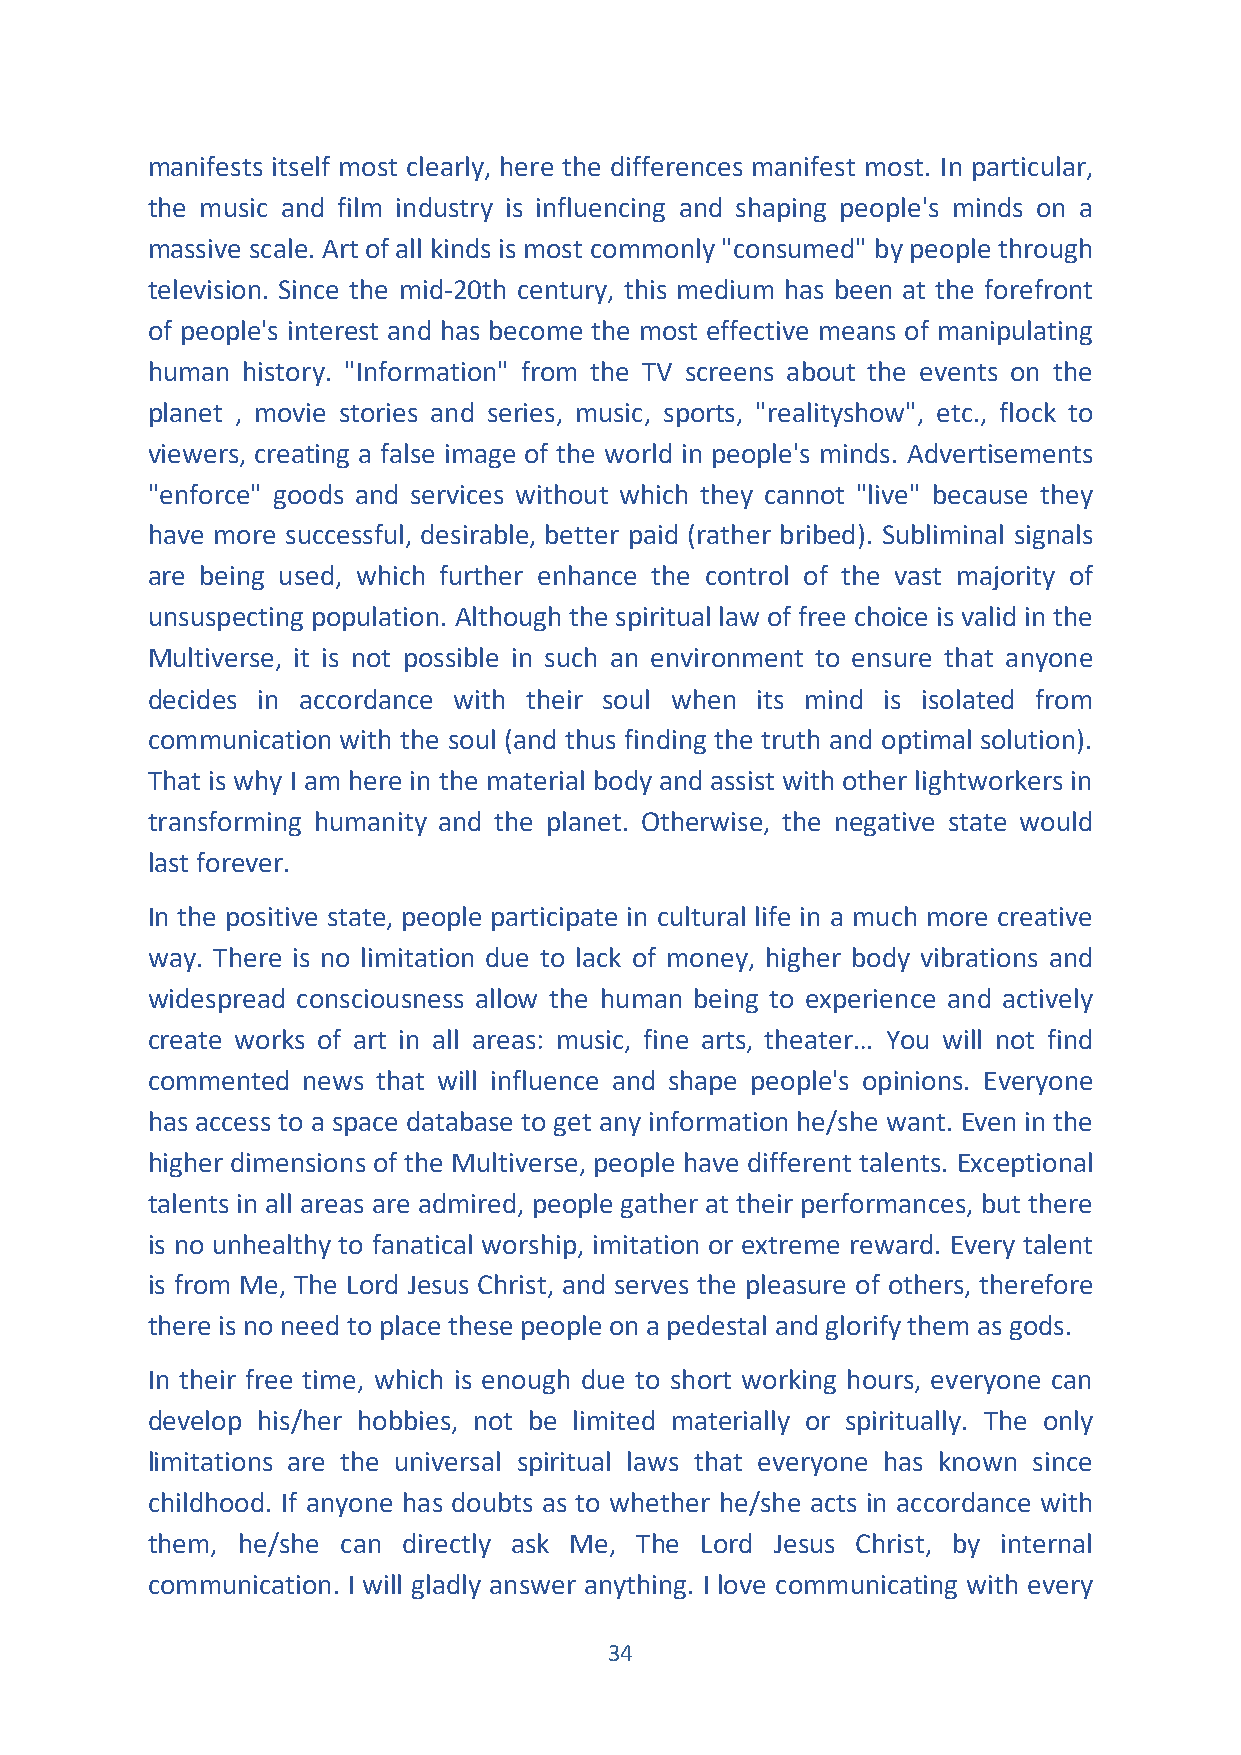
manifests itself most clearly, here the differences manifest most. In particular,
 the music and film industry is influencing and shaping people's minds on a
 massive scale. Art of all kinds is most commonly "consumed" by people through
 television. Since the mid-20th century, this medium has been at the forefront
 of people's interest and has become the most effective means of manipulating
 human history. "Information" from the TV screens about the events on the
 planet , movie stories and series, music, sports, "realityshow", etc., flock to
 viewers, creating a false image of the world in people's minds. Advertisements
 "enforce" goods and services without which they cannot "live" because they
 have more successful, desirable, better paid (rather bribed). Subliminal signals
 are being used, which further enhance the control of the vast majority of
 unsuspecting population. Although the spiritual law of free choice is valid in the
 Multiverse, it is not possible in such an environment to ensure that anyone
 decides in accordance with their soul when its mind is isolated from
 communication with the soul (and thus finding the truth and optimal solution).
 That is why I am here in the material body and assist with other lightworkers in
 transforming humanity and the planet. Otherwise, the negative state would
 last forever.
 In the positive state, people participate in cultural life in a much more creative
 way. There is no limitation due to lack of money, higher body vibrations and
 widespread consciousness allow the human being to experience and actively
 create works of art in all areas: music, fine arts, theater… You will not find
 commented news that will influence and shape people's opinions. Everyone
 has access to a space database to get any information he/she want. Even in the
 higher dimensions of the Multiverse, people have different talents. Exceptional
 talents in all areas are admired, people gather at their performances, but there
 is no unhealthy to fanatical worship, imitation or extreme reward. Every talent
 is from Me, The Lord Jesus Christ, and serves the pleasure of others, therefore
 there is no need to place these people on a pedestal and glorify them as gods.
 In their free time, which is enough due to short working hours, everyone can
 develop his/her hobbies, not be limited materially or spiritually. The only
 limitations are the universal spiritual laws that everyone has known since
 childhood. If anyone has doubts as to whether he/she acts in accordance with
 them, he/she can directly ask Me, The Lord Jesus Christ, by internal
 communication. I will gladly answer anything. I love communicating with every
 34